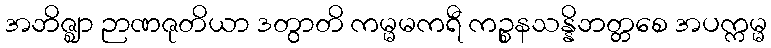
အဘိဇ္ဈာ ဉာဏဇုတိယာ ဒတွာတိ ကမ္မမကရီ ကဉ္စနသန္နိဘတ္တစေ အပက္ကမ္မ